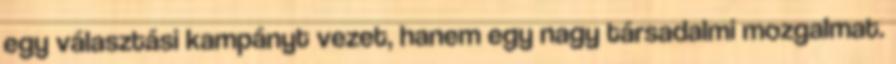
egy választási kampányt vezet, hanem egy nagy társadalmi mozgalmat.